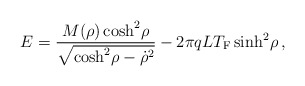
\begin{align*}E = {M(\rho) \cosh^2 \! \rho \over \sqrt{\cosh^2 \! \rho - {\dot\rho}^2}} - {2\pi q L T_{\rm F}} \sinh^2\! \rho\, ,\end{align*}